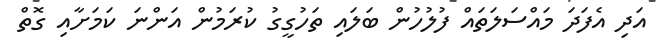
އަދި އެފަދަ މައްސަލަތައް ފުލުހުން ބަލައި ތަހުގީގު ކުރަމުން އަންނަ ކަމަށާއި ގޮތް